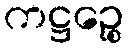
ကဋ္ဌဉ္စေ